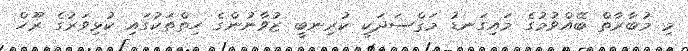
މި މުބާރާތް ބޭއްވުމުގެ މައިގަނޑު މަޤްސަދަކީ ކުރިނބީ ޒުވާނުންގެ ހިތްތަކުގައި ކުޅިވަރުގެ ރޫހް